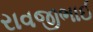
રાવજીભાઈ